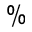
\%